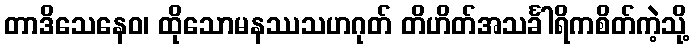
တာဒိသေနေဝ၊ ထိုသောမနဿသဟဂုတ် တိဟိတ်အသင်္ခါရိကစိတ်ကဲ့သို့